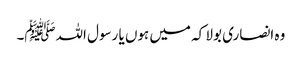
وہ انصاری بولا کہ میں ہوں یا رسول اللہﷺ۔